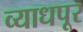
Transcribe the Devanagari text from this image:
व्याधपूर